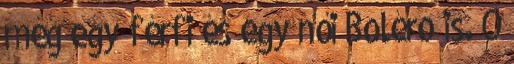
még egy férfi és egy női Boléro is. Ő